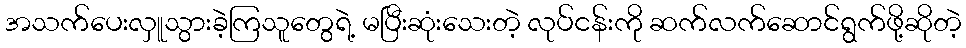
အသက်ပေးလှူသွားခဲ့ကြသူတွေရဲ့ မပြီးဆုံးသေးတဲ့ လုပ်ငန်းကို ဆက်လက်ဆောင်ရွက်ဖို့ဆိုတဲ့